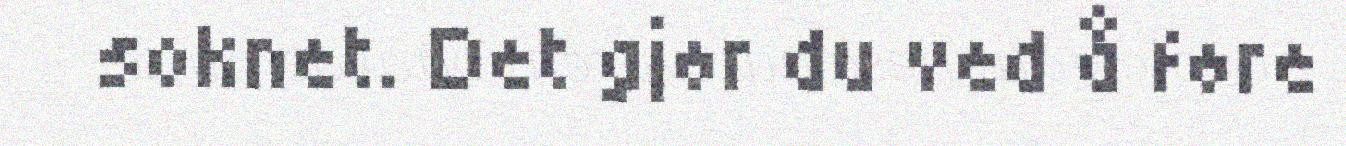
soknet. Det gjør du ved å føre